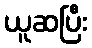
ယူဆပြီး